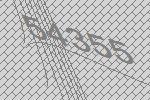
54355